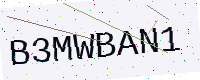
Text: B3MWBAN1